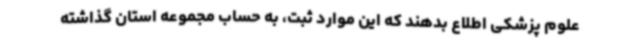
علوم پزشکی اطلاع بدهند که این موارد ثبت، به حساب مجموعه استان گذاشته